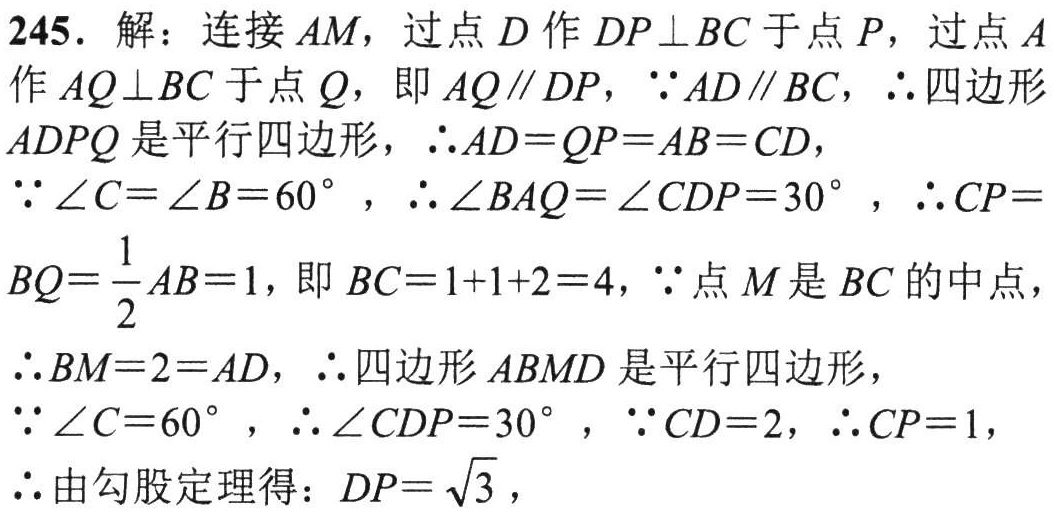
245. 解：连接 \(AM\)，过点 \(D\) 作 \(DP\perp BC\) 于点 \(P\)，过点 \(A\) 作 \(AQ\perp BC\) 于点 \(Q\)，即 \(AQ\parallel DP\)，\(\because AD\parallel BC\)，\(\therefore\) 四边形 \(ADPQ\) 是平行四边形，\(\therefore AD = QP=AB = CD\)，
\(\because\angle C=\angle B = 60^{\circ}\)，\(\therefore\angle BAQ=\angle CDP = 30^{\circ}\)，\(\therefore CP = BQ=\frac{1}{2}AB = 1\)，即 \(BC = 1 + 1+2 = 4\)，\(\because\) 点 \(M\) 是 \(BC\) 的中点，
\(\therefore BM = 2=AD\)，\(\therefore\) 四边形 \(ABMD\) 是平行四边形，
\(\because\angle C = 60^{\circ}\)，\(\therefore\angle CDP = 30^{\circ}\)，\(\because CD = 2\)，\(\therefore CP = 1\)，
\(\therefore\) 由勾股定理得：\(DP=\sqrt{3}\)，